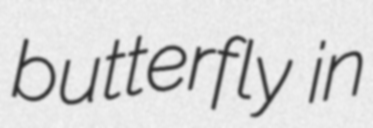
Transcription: butterfly in